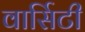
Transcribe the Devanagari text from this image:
वार्सिटी